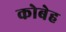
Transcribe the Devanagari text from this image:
कोबेह